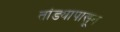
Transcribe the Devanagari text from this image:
तांड्यापासून